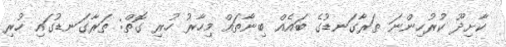
ކާށިދޫ ކުރުހިންނަ ތަރާގަނޑުގެ ބައެއް ބިނާތައް މިހާރު ހުރި ގޮތް: ތަރާގަނޑުގައި ހުރި